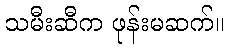
သမီးဆီက ဖုန်းမဆက်။